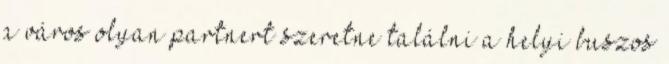
a város olyan partnert szeretne találni a helyi buszos